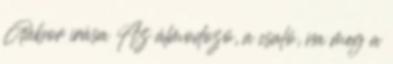
Gábor írása Az álmodozó, a csaló, na meg a